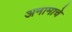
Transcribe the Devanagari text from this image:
अनामाचे